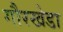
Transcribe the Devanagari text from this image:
गौरखेडा